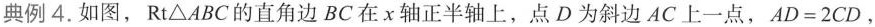
典例4.如图，Rt△ABC的直角边BC在x轴正半轴上，点D为斜边AC上一点，$$A D = 2 C D$$。